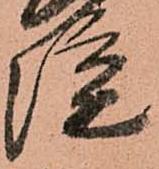
院